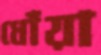
ধোঁয়া